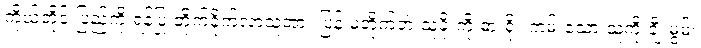
ကိုယ့်တိုင်းပြည်ကို ရန်ပြု တိုက်ခိုက်လာသူအား ပြန် မတိုက်ဘဲ သူခိုးကို ဓားရိုး ကမ်းသော သူကို ချီးမွမ်း